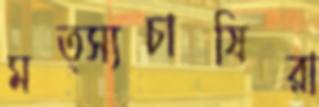
মত্স্যচাষিরা